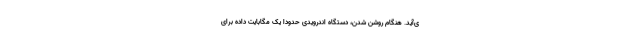
ی‌آید. هنگام روشن شدن، دستگاه اندرویدی حدودا یک مگابایت داده برای